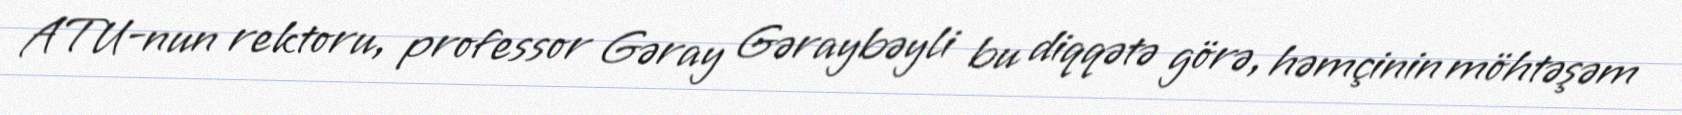
ATU-nun rektoru, professor Gəray Gəraybəyli bu diqqətə görə, həmçinin möhtəşəm